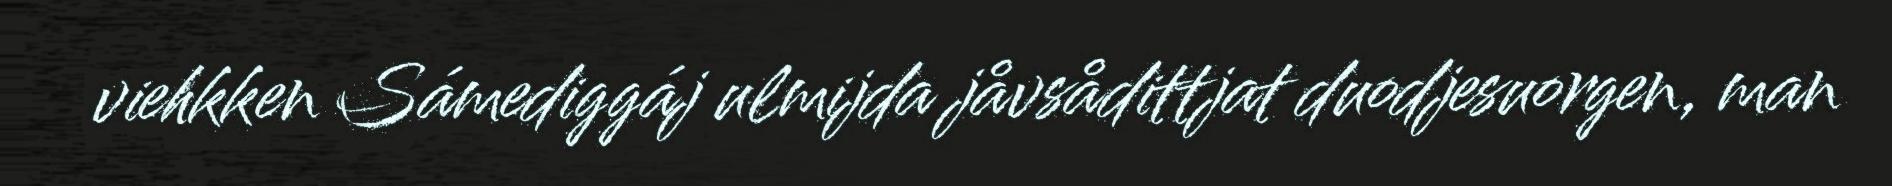
viehkken Sámediggáj ulmijda jåvsådittjat duodjesuorgen, man